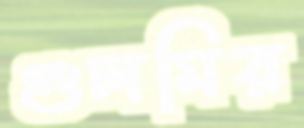
গুলমির